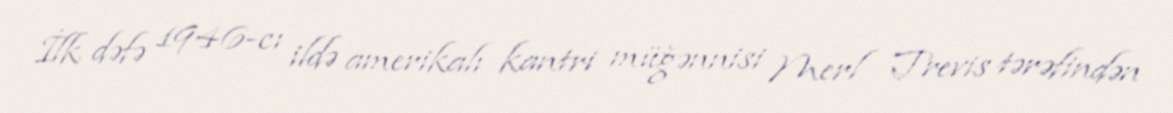
İlk dəfə 1946-cı ildə amerikalı kantri müğənnisi Merl Trevis tərəfindən